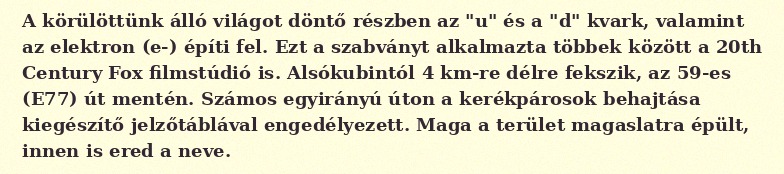
A körülöttünk álló világot döntő részben az "u" és a "d" kvark, valamint az elektron (e-) építi fel. Ezt a szabványt alkalmazta többek között a 20th Century Fox filmstúdió is. Alsókubintól 4 km-re délre fekszik, az 59-es (E77) út mentén. Számos egyirányú úton a kerékpárosok behajtása kiegészítő jelzőtáblával engedélyezett. Maga a terület magaslatra épült, innen is ered a neve.